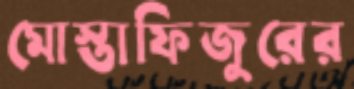
মোস্তাফিজুরের